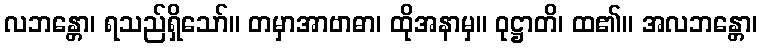
လဘန္တော၊ ရသည်ရှိသော်။ တမှာအာဗာဓာ၊ ထိုအနာမှ။ ဝုဋ္ဌာတိ၊ ထ၏။ အလဘန္တော၊